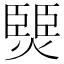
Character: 燛